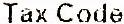
TAX CODE